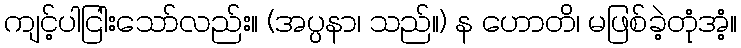
ကျင့်ပါငြါးသော်လည်း။ (အပ္ပနာ၊ သည်။) န ဟောတိ၊ မဖြစ်ခဲ့တုံအံ့။